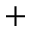
+